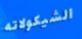
الشيكولاته